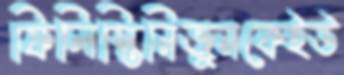
ফিলিস্তিনিজুনকেইউ